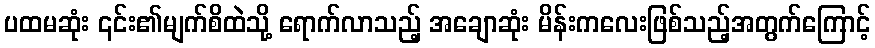
ပထမဆုံး ၎င်း၏မျက်စိထဲသို့ ရောက်လာသည့် အချောဆုံး မိန်းကလေးဖြစ်သည့်အတွက်ကြောင့်